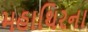
મહાથિરના